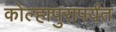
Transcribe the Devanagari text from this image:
कोल्हापुरापर्यंत